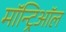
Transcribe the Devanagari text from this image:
मॉन्ट्रिऑल